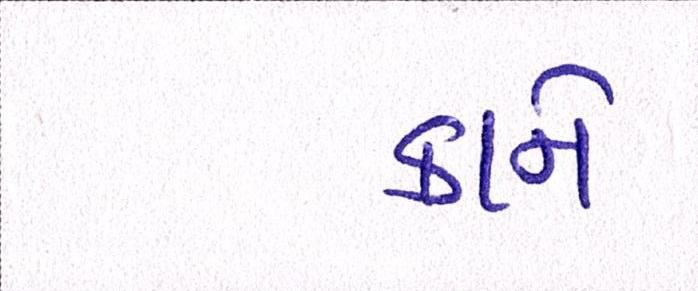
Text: કાને